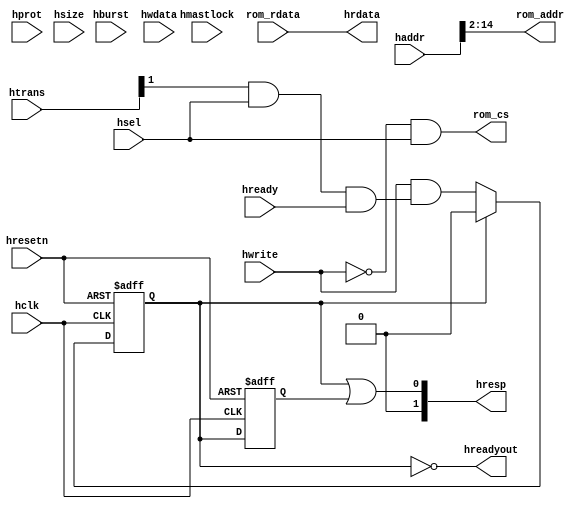
module ahb_rom_slv_if #(parameter p_AW = 15) (
   input               hclk,       // system bus clock
   input               hresetn,    // system bus reset
   input               hsel,       // AHB peripheral select
   input               hready,     // AHB ready input
   input       [2:0]   hburst,     // AHB burst, not used         
   input               hmastlock,  // AHB lock transfer, not used             
   input       [3:0]   hprot,      // AHB protect, not used           
   input       [1:0]   htrans,     // AHB transfer type
   input       [2:0]   hsize,      // AHB hsize, not used
   input               hwrite,     // AHB hwrite, not used
   input      [31:0]   haddr,      // AHB address bus
   input      [31:0]   hwdata,     // AHB write data bus, not used
   output              hreadyout,  // AHB ready output to S->M mux
   output      [1:0]   hresp,      // AHB response
   output     [31:0]   hrdata,     // AHB read data bus

   input      [31:0]   rom_rdata,  // ROM Read Data
   output [p_AW-3:0]   rom_addr,   // ROM address
   output              rom_cs      // ROM Chip Select  (active high)
);

// ----------------------------------------------------------
// Internal state
// ----------------------------------------------------------
wire   ahb_access;
wire   error_resp;

reg    err_resp_s1;
reg    err_resp_s2;

// ----------------------------------------------------------
// Read/write control logic
// ----------------------------------------------------------
assign ahb_access = htrans[1] & hsel & hready;
assign rom_addr   = haddr[p_AW-1:2];

assign rom_cs     = ~hwrite & hsel;

// ----------------------------------------------------------
// AHB response
// ----------------------------------------------------------
// ERROR response should last for 2 hclk cycles 
always @ (posedge hclk or negedge hresetn) begin
    if (hresetn == 1'b0) 
        err_resp_s1 <= 1'b0;
    else if (err_resp_s1) //One cycle high-pulse
        err_resp_s1 <= 1'b0;    
    else 
        err_resp_s1 <= hwrite & ahb_access;
end

always @ (posedge hclk or negedge hresetn) begin
    if (hresetn == 1'b0) 
        err_resp_s2 <= 1'b0;
    else 
        err_resp_s2 <= err_resp_s1;
end

assign error_resp = err_resp_s1 | err_resp_s2;
assign hrdata     = rom_rdata;
assign hreadyout  = ~err_resp_s1;
assign hresp      = {1'b0, error_resp};

endmodule